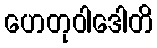
ဟေတုဝါဒေါတိ